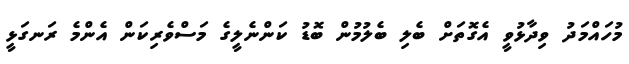
މުހައްމަދު ވިދާޅުވީ އެގޮތަށް ބެލި ބެލުމުން ބޮޑު ކަންނެލީގެ މަސްވެރިކަން އެންމެ ރަނގަޅީ